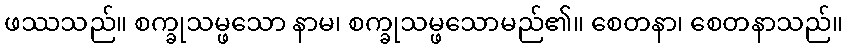
ဖဿသည်။ စက္ခုသမ္ဖသော နာမ၊ စက္ခုသမ္ဖသောမည်၏။ စေတနာ၊ စေတနာသည်။